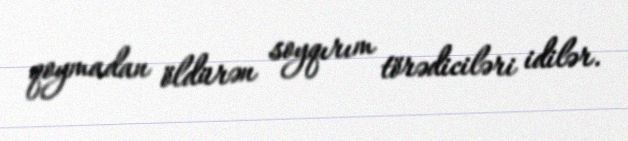
qoymadan öldürən soyqırım törədiciləri idilər.